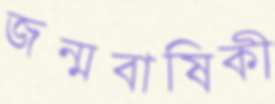
জন্মবাষিকী